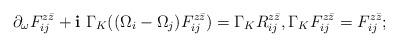
LaTeX: \begin{align*}\partial_{\omega}F^{z\bar{z}}_{ij}+\mathbf{i}\ \Gamma_K((\Omega_i-\Omega_j)F^{z\bar{z}}_{ij})=\Gamma_KR^{z\bar{z}}_{ij},\Gamma_KF^{z\bar{z}}_{ij}=F^{z\bar{z}}_{ij};\end{align*}